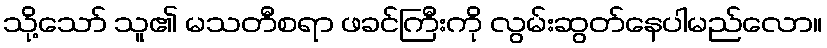
သို့သော် သူ၏ မသတီစရာ ဖခင်ကြီးကို လွမ်းဆွတ်နေပါမည်လော။